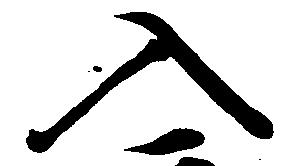
入